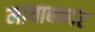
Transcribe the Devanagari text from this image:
मायाबन्दर